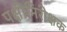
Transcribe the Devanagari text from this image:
पक्षीनिरीक्षक